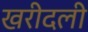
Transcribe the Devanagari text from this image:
खरीदली